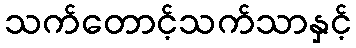
သက်တောင့်သက်သာနှင့်